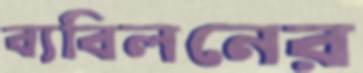
ব্যবিলনের